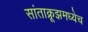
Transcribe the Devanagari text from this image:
सांताक्रूझमध्येच